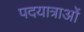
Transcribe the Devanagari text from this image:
पदयात्राओं